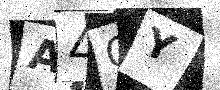
Text: A4CY